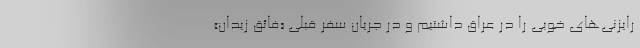
رایزنی‌های خوبی را در عراق داشتیم و در جریان سفر قبلی «فائق زیدان»